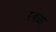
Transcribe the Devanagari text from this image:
रवधा